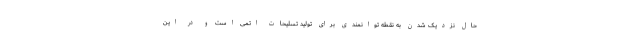
حال نزدیک شدن به نقطه توانمندی برای تولید تسلیحات اتمی است و در این